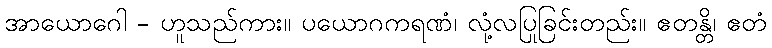
အာယောဂေါ - ဟူသည်ကား။ ပယောဂကရဏံ၊ လုံ့လပြုခြင်းတည်း။ ဧတန္တိ၊ ဧတံ